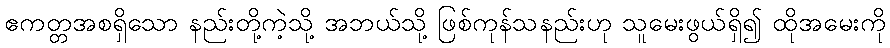
ဧကတ္တအစရှိသော နည်းတို့ကဲ့သို့ အဘယ်သို့ ဖြစ်ကုန်သနည်းဟု သူမေးဖွယ်ရှိ၍ ထိုအမေးကို